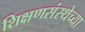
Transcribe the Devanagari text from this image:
शिक्षणसंस्थेच्या